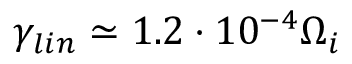
\gamma _ { l i n } \simeq 1 . 2 \cdot 1 0 ^ { - 4 } \Omega _ { i }